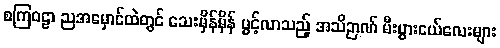
စကြဝဠာ ညအမှောင်ထဲတွင် သေးမှိန်မှိန် ပွင့်လာသည့် အသိဉာဏ် မီးပွားငယ်လေးများ